Report on vaccination in the Province of Bengal - 1874-1889
Year: 1874
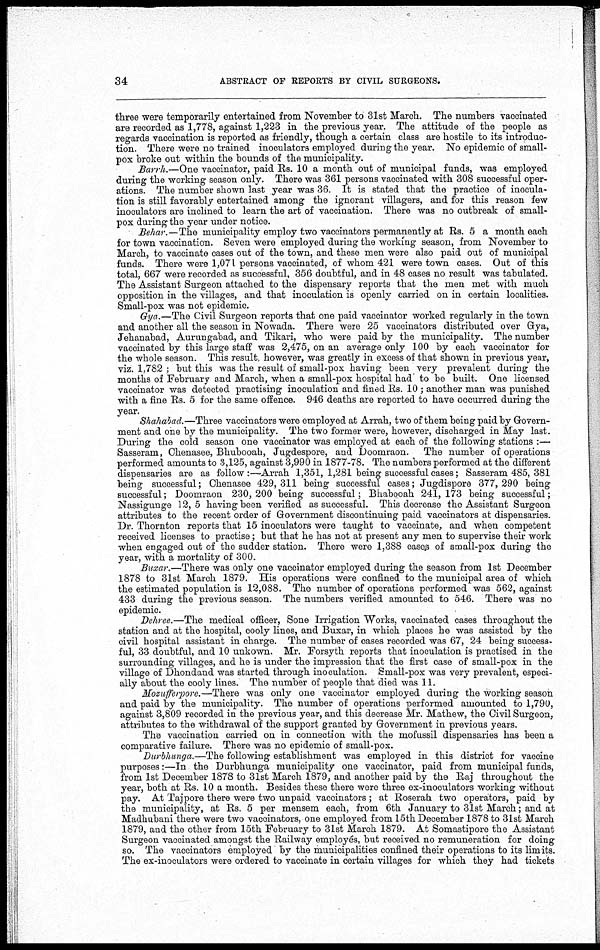
34
ABSTRACT OF REPORTS BY CIVIL SURGEONS.
three were temporarily entertained from November to 31st March. The numbers vaccinated
are recorded as 1,778, against 1,223 in the previous year. The attitude of the people as
regards vaccination is reported as friendly, though a certain class are hostile to its introduc-
tion. There were no trained inoculators employed during the year. No epidemic of small-
pox broke out within the bounds of the municipality.
Barrh.—One vaccinator, paid Rs. 10 a month out of municipal funds, was employed
during the working season only. There was 361 persons vaccinated with 308 successful oper-
ations. The number shown last year was 36. It is stated that the practice of inocula-
tion is still favorably entertained among the ignorant villagers, and for this reason few
inoculators are inclined to learn the art of vaccination. There was no outbreak of small-
pox during the year under notice.
Behar.—The municipality employ two vaccinators permanently at Rs. 5 a month each
for town vaccination. Seven were employed during the working season, from November to
March, to vaccinate cases out of the town, and these men were also paid out of municipal
funds. There were 1,071 persons vaccinated, of whom 421 were town cases. Out of this
total, 667 were recorded as successful, 356 doubtful, and in 48 cases no result was tabulated.
The Assistant Surgeon attached to the dispensary reports that the men met with much
opposition in the villages, and that inoculation is openly carried on in certain localities.
Small-pox was not epidemic.
Gya.—The Civil Surgeon reports that one paid vaccinator worked regularly in the town
and another all the season in Nowada. There were 25 vaccinators distributed over Gya,
Jehanabad, Aurungabad, and Tikari, who were paid by the municipality. The number
vaccinated by this large staff was 2,475, on an average only 100 by each vaccinator for
the whole season. This result, however, was greatly in excess of that shown in previous year,
viz. 1,782 ; but this was the result of small-pox having been very prevalent during the
months of February and March, when a small-pox hospital had to be built. One licensed
vaccinator was detected practising inoculation and fined Rs. 10 ; another man was punished
with a fine Rs. 5 for the same offence. 946 deaths are reported to have occurred during the
year.
Shahabad.—Three vaccinators were employed at Arrah, two of them being paid by Govern-
ment and one by the municipality. The two former were, however, discharged in May last.
During the cold season one vaccinator was employed at each of the following stations :—
Sasseram, Chenasee, Bhubooah, Jugdespore, and Doomraon. The number of operations
performed amounts to 3,125, against 3,990 in 1877-78. The numbers performed at the different
dispensaries are as follow :—Arrah 1,351, 1,281 being successful cases; Sasseram 485,381
being successful; Chenasee 429, 311 being successful cases; Jugdispore 377, 290 being
successful; Doomraon 230, 200 being successful; Bhabooah 241, 173 being successful;
Nassigunge 12, 5 having been verified as successful. This decrease the Assistant Surgeon
attributes to the recent order of Government discontinuing paid vaccinators at dispensaries.
Dr. Thornton reports that 15 inoculators were taught to vaccinate, and when competent
received licenses to practise; but that he has not at present any men to supervise their work
when engaged out of the sudder station. There were 1,388 cases of small-pox during the
year, with a mortality of 300.
Buxar.—There was only one vaccinator employed during the season from 1st December
1878 to 31st March 1879. His operations were confined to the municipal area of which
the estimated population is 12,088. The number of operations performed was 562, against
433 during the previous season. The numbers verified amounted to 546. There was no
epidemic.
Dehree.—The medical officer, Sone Irrigation Works, vaccinated cases throughout the
station and at the hospital, cooly lines, and Buxar, in which places he was assisted by the
civil hospital assistant in charge. The number of cases recorded was 67, 24 being success-
ful, 33 doubtful, and 10 unkown, Mr. Forsyth reports that inoculation is practised in the
surrounding villages, and he is under the impression that the first case of small-pox in the
village of Dhondand was started through inoculation. Small-pox was very prevalent, especi-
ally about the cooly lines. The number of people that died was 11.
Mozufferpore.—There was only one vaccinator employed during the working season
and paid by the municipality. The number of operations performed amounted to 1,790,
against 3,809 recorded in the previous year, and this decrease Mr. Mathew, the Civil Surgeon,
attributes to the withdrawal of the support granted by Government in previous years.
The vaccination carried on in connection with the mofussil dispensaries has been a
comparative failure. There was no epidemic of small-pox.
Durbhunga.—The following establishment was employed in this district for vaccine
purposes:—In the Durbhunga municipality one vaccinator, paid from municipal funds,
from 1st December 1878 to 31st March 1879, and another paid by the Raj throughout the
year, both at Rs. 10 a month. Besides these there were three ex-incoulators working without
pay. At Tajpore there were two unpaid vaccinators ; at Roserah two operators, paid by
the municipality, at Rs. 5 per mensem each, from 6th January to 31st March; and at
Madhubani there were two vaccinators, one employed from 15th December 1878 to 31st March
1879, and the other from 15th February to 31st March 1879. At Somastipore the Assistant
Surgeon vaccinated amongst the Railway employés, but received no remuneration for doing
so. The vaccinators employed by the municipalities confined their operations to its limits.
The ex-inoculators were ordered to vaccinate in certain villages for which they had tickets